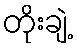
တိုးချဲ့